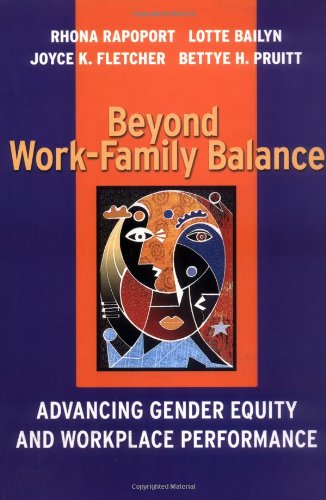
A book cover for Beyond Work-Family Balance: Advancing Gender Equity and Workplace Performance; Rhona Rapoport; Business & Money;